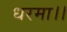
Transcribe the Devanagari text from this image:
धरमा।।